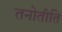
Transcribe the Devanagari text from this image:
तनोतीति